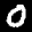
Label: 0